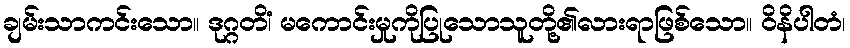
ချမ်းသာကင်းသော။ ဒုဂ္ဂတိံ၊ မကောင်းမှုကိုပြုသောသူတို့၏လားရာဖြစ်သော။ ဝိနိပါတံ၊